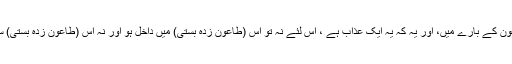
باب : طاعون کے بارے میں، اور یہ کہ یہ ایک عذاب ہے ، اس لئے نہ تو اس (طاعون زدہ بستی) میں داخل ہو اور نہ اس (طاعون زدہ بستی) سے بھاگو۔